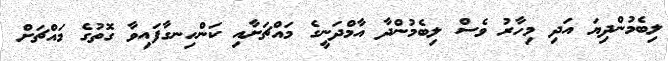
ލިބެމުންދިޔަ އަދި މިހާރު ވެސް ލިބެމުންދާ އާމްދަނީގެ މައްޗަށާއި ކަންހިނގާފައިވާ ގޮތުގެ މައްޗަށް